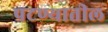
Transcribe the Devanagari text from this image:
पटण्यातील